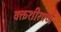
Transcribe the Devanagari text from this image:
वक्तशीरपणे